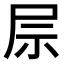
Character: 𫵖